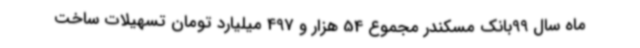
ماه سال 99بانک مسکندر مجموع 54 هزار و 497 میلیارد تومان تسهیلات ساخت